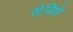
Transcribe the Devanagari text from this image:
सेविछे